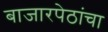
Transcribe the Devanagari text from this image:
बाजारपेठांचा